Statistics compiled by the Government of India from the reports of provincial Civil Veterinary Departments
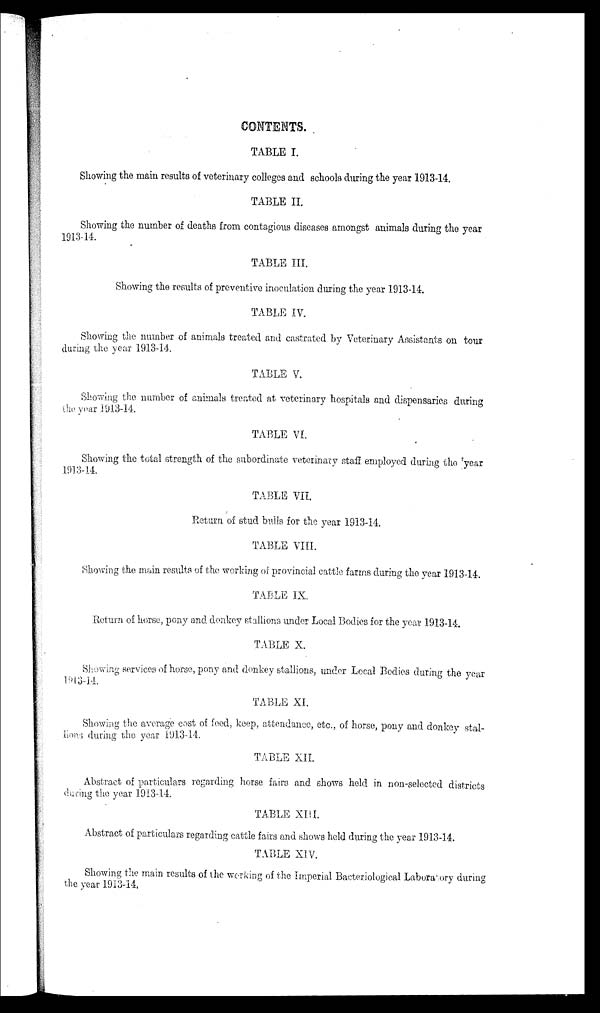
CONTENTS.
TABLE I.
Showing the main results of veterinary colleges and schools during the year 1913-14.
TABLE II.
Showing the number of deaths from contagious diseases amongst animals during the year
1913-14.
TABLE III.
Showing the results of preventive inoculation during the year 1913-14.
TABLE IV.
Showing the number of animals treated and castrated by Veterinary Assistants on tour
during the year 1913-14.
TABLE V.
Showing the number of animals treated at veterinary hospitals and dispensaries during
the year 1913-14.
TABLE VI.
Showing the total strength of the subordinate veterinary staff employed during the year
1913-14.
TABLE VII.
Return of stud bulls for the year 1913-14.
TABLE VIII.
Showing the main results of the. working of provincial cattle farms during the year 1913-14.
TABLE IX.
Return of horse, pony and donkey stallions under Local Bodies for the year 1913-14.
TABLE X.
Showing services of horse, pony and donkey stallions, under Local Bodies during the year
1913-14.
TABLE XI.
Showing the average cost of feed, keep, attendance, etc., of horse, pony and donkey stal-
lions during the year 1913-14.
TABLE XII.
Abstract of particulars regarding horse fairs and shows held in non-selected districts
during the year 1913-14.
TABLE XIII.
Abstract of particulars regarding cattle fairs and shows held during the year 1913-14.
TABLE XIV.
Showing the main results of the working of the Imperial Bacteriological Laboratory during
the year 1913-14.